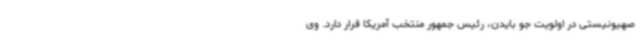
صهیونیستی در اولویت جو بایدن، رئیس جمهور منتخب آمریکا قرار دارد. وی